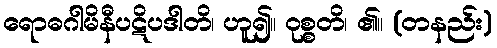
ရောဓဂါမိနီပဋိပဒါတိ၊ ဟူ၍။ ဝုစ္စတိ၊ ၏။ (တနည်း)